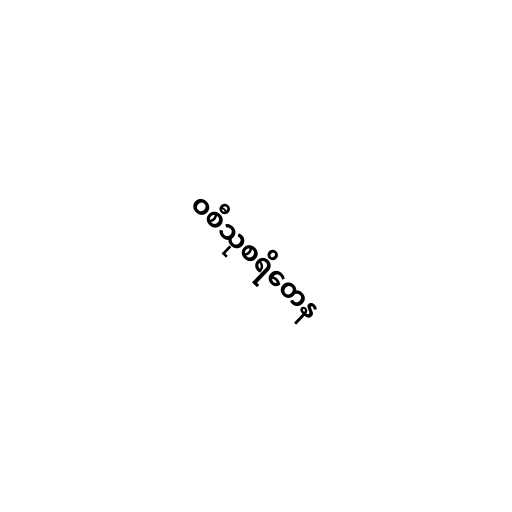
ဝစီသုစရိတေန